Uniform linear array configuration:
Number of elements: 12
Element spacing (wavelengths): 0.5
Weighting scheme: cosine
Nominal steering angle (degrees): -45
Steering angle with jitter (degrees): -46.976
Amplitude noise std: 0.05
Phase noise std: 0.05

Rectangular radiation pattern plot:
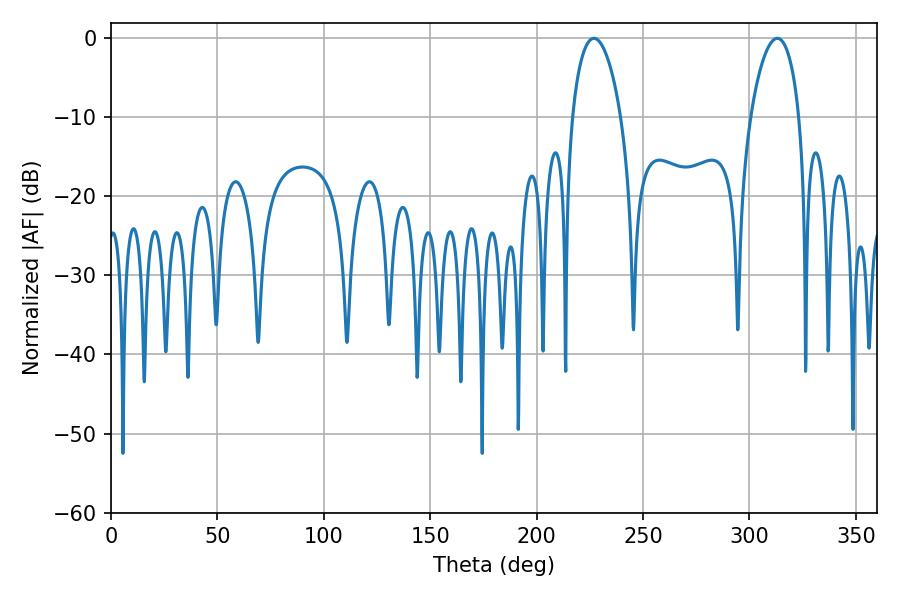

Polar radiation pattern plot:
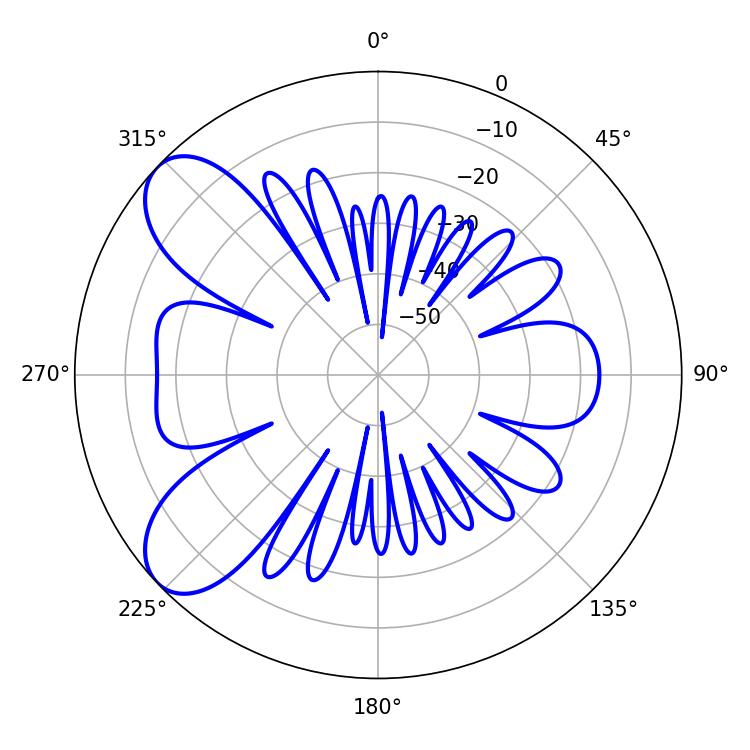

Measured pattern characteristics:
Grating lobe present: FALSE
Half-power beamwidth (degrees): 12.96
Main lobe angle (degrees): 226.98